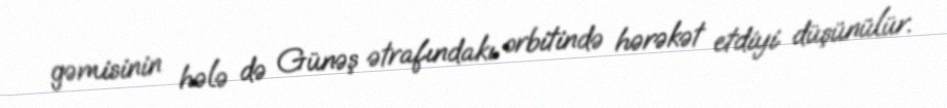
gəmisinin hələ də Günəş ətrafındakı orbitində hərəkət etdiyi düşünülür.